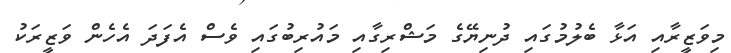
މިވަޒީރާއި އަޅާ ބެލުމުގައި ދުނިޔޭގެ މަޝްރިގާއި މައުރިބުގައި ވެސް އެފަދަ އެހެން ވަޒީރަކު